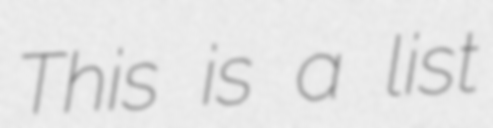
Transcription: This is a list